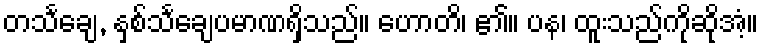
တသင်္ချေ, နှစ်သင်္ချေပမာဏရှိသည်။ ဟောတိ၊ ၏။ ပန၊ ထူးသည်ကိုဆိုအံ့။